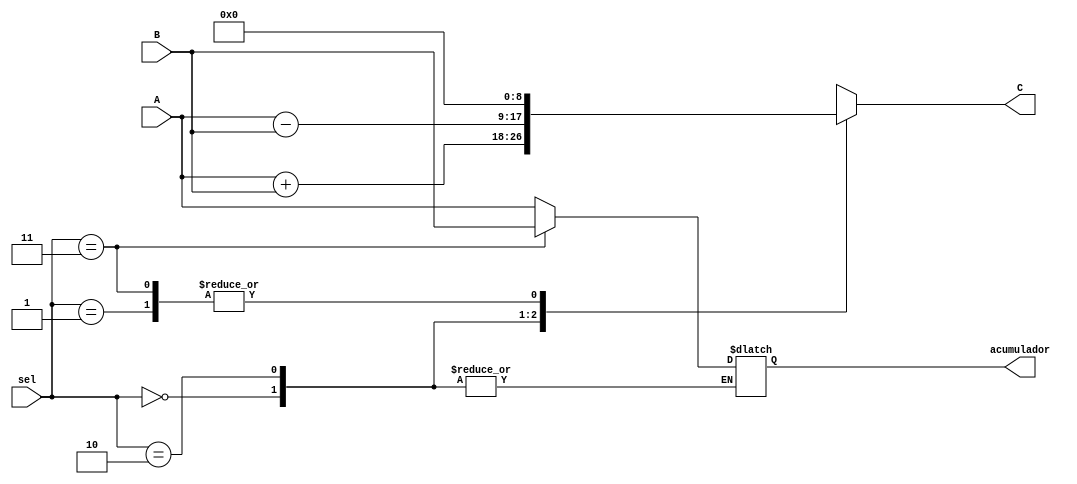
module ALUEXA(input [1:0] sel, input [7:0] A, input [7:0] B, output reg [8:0] C, output reg [7:0] acumulador);



always @(sel, A, B)
begin
	C=8'd0;
	case (sel)
		2'b00: 
			begin
				C=A+B;
			end
		2'b01:
			begin
				acumulador=A;
			end
		2'b10:
			begin
				C=A-B;
			end
		2'b11:
			begin
				acumulador=B;
			end
	endcase
end
initial
begin
	acumulador=0;
	C=0;
end

endmodule